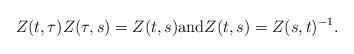
LaTeX: \begin{align*}Z(t,\tau)Z(\tau,s)=Z(t,s) \textnormal{and} Z(t,s)=Z(s,t)^{-1}.\end{align*}